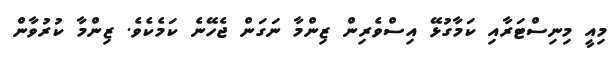
މިއީ މިނިސްޓަރާއި ކަމާގުޅޭ އިސްވެރިން ޒިންމާ ނަގަން ޖެހޭނެ ކަމެކެވެ. ޒިންމާ ކުރުވާން